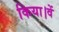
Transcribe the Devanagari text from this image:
किया।वें